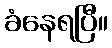
ခံနေရပြီ။